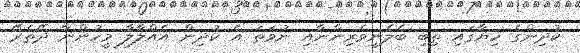
ކުދިންގެ ހިޔާގައި ތިބި ބެލެނިވެރިންނާއި ނުވަތަ އެ ކުދިން އެއްލާލާ މީހުންނާ ދޭތެރޭ